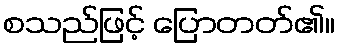
စသည်ဖြင့် ပြောတတ်၏။